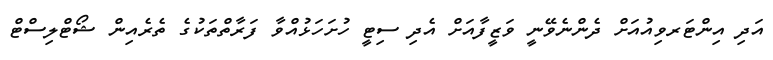
އަދި އިންޓަރވިއުއަށް ދެންނެވޭނީ ވަޒީފާއަށް އެދި ސިޓީ ހުށަހަޅުއްވާ ފަރާތްތަކުގެ ތެރެއިން ޝޯޓްލިސްޓް